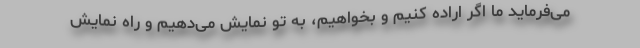
می‌فرماید ما اگر اراده کنیم و بخواهیم، به تو نمایش می‌دهیم و راه نمایش